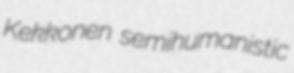
Kekkonen semihumanistic